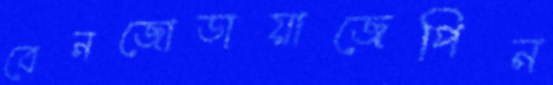
বেনজোডায়াজেপিন